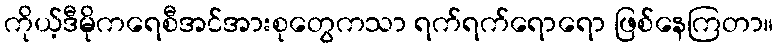
ကိုယ့်ဒီမိုကရေစီအင်အားစုတွေကသာ ရက်ရက်ရောရော ဖြစ်နေကြတာ။